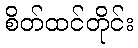
စိတ်ထင်တိုင်း